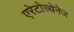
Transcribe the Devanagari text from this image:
एरेटोस्थेनेज